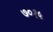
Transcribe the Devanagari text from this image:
७०१५